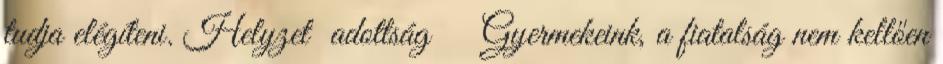
tudja elégíteni. Helyzet adottság ▪Gyermekeink, a fiatalság nem kellően